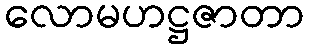
လောမဟဋ္ဌဇာတာ